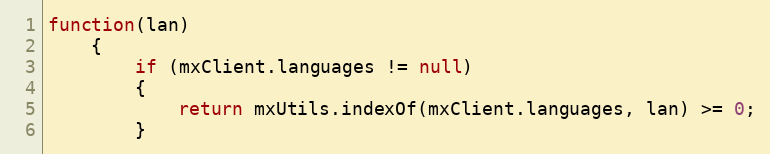
Language: JavaScript
function(lan)
	{
		if (mxClient.languages != null)
		{
			return mxUtils.indexOf(mxClient.languages, lan) >= 0;
		}